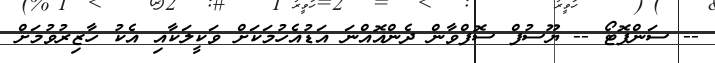
-- ސަންފޮޓޯ -- ޔޫސުފް ސޮފްވާން ދެންއޮއްނަ އަޑުއެހުމަކަށް ވަކީލަކާއި އެކު ހާޒިރުވުމަށް